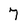
Character: 7